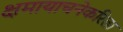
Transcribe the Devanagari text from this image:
क्षमायाचनेकरिता